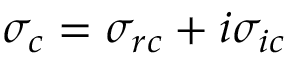
\sigma _ { c } = \sigma _ { r c } + i \sigma _ { i c }